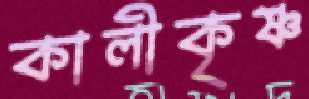
কালীকৃষ্ণ